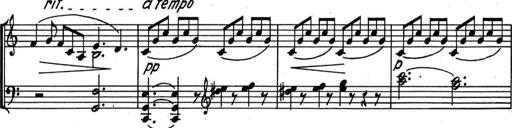
Title: Kleine Sonate
Composer: Raoul Koczalski
Key: C major